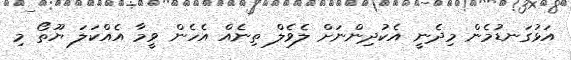
އަޅުގަނޑުމެން މިދެނީ އެކުދިންނަށް ލެވެލް ތިނެއް އެހެން ވީމާ އެއްކަލަ ޔޫތޯ މި